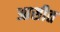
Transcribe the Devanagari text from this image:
आसीत